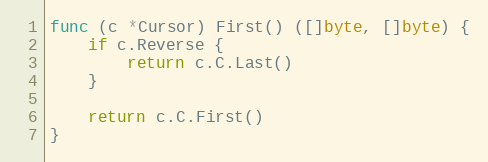
Language: Go
func (c *Cursor) First() ([]byte, []byte) {
	if c.Reverse {
		return c.C.Last()
	}

	return c.C.First()
}